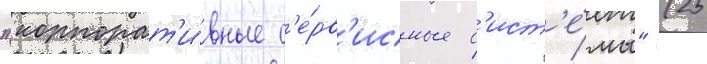
"корпорат'и́вные с'е́рв'исные с'ист'е́мы" (25